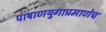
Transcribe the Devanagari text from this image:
पाषाणयुगाप्रमाणेच